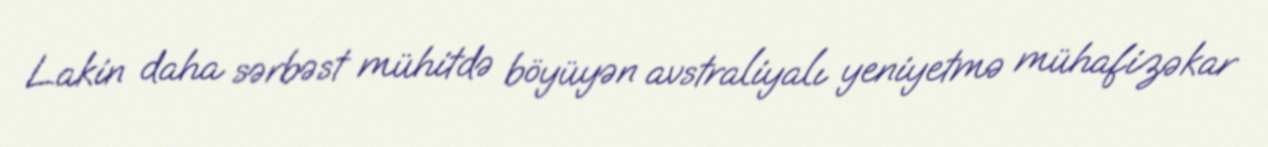
Lakin daha sərbəst mühitdə böyüyən avstraliyalı yeniyetmə mühafizəkar